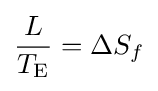
{\frac {L}{T_{\mathrm {E} }}}=\Delta S_{f}